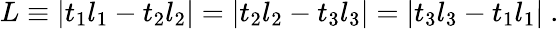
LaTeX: L\equiv|t_{1}l_{1}-t_{2}l_{2}|=|t_{2}l_{2}-t_{3}l_{3}|=|t_{3}l_{3}-t_{1}l_{1}|~.